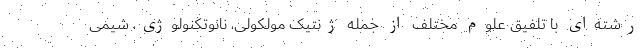
رشته‌ای با تلفیق علوم مختلف از جمله ژنتیک مولکولی، نانوتکنولوژی، شیمی